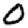
Digit: 0